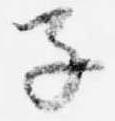
子